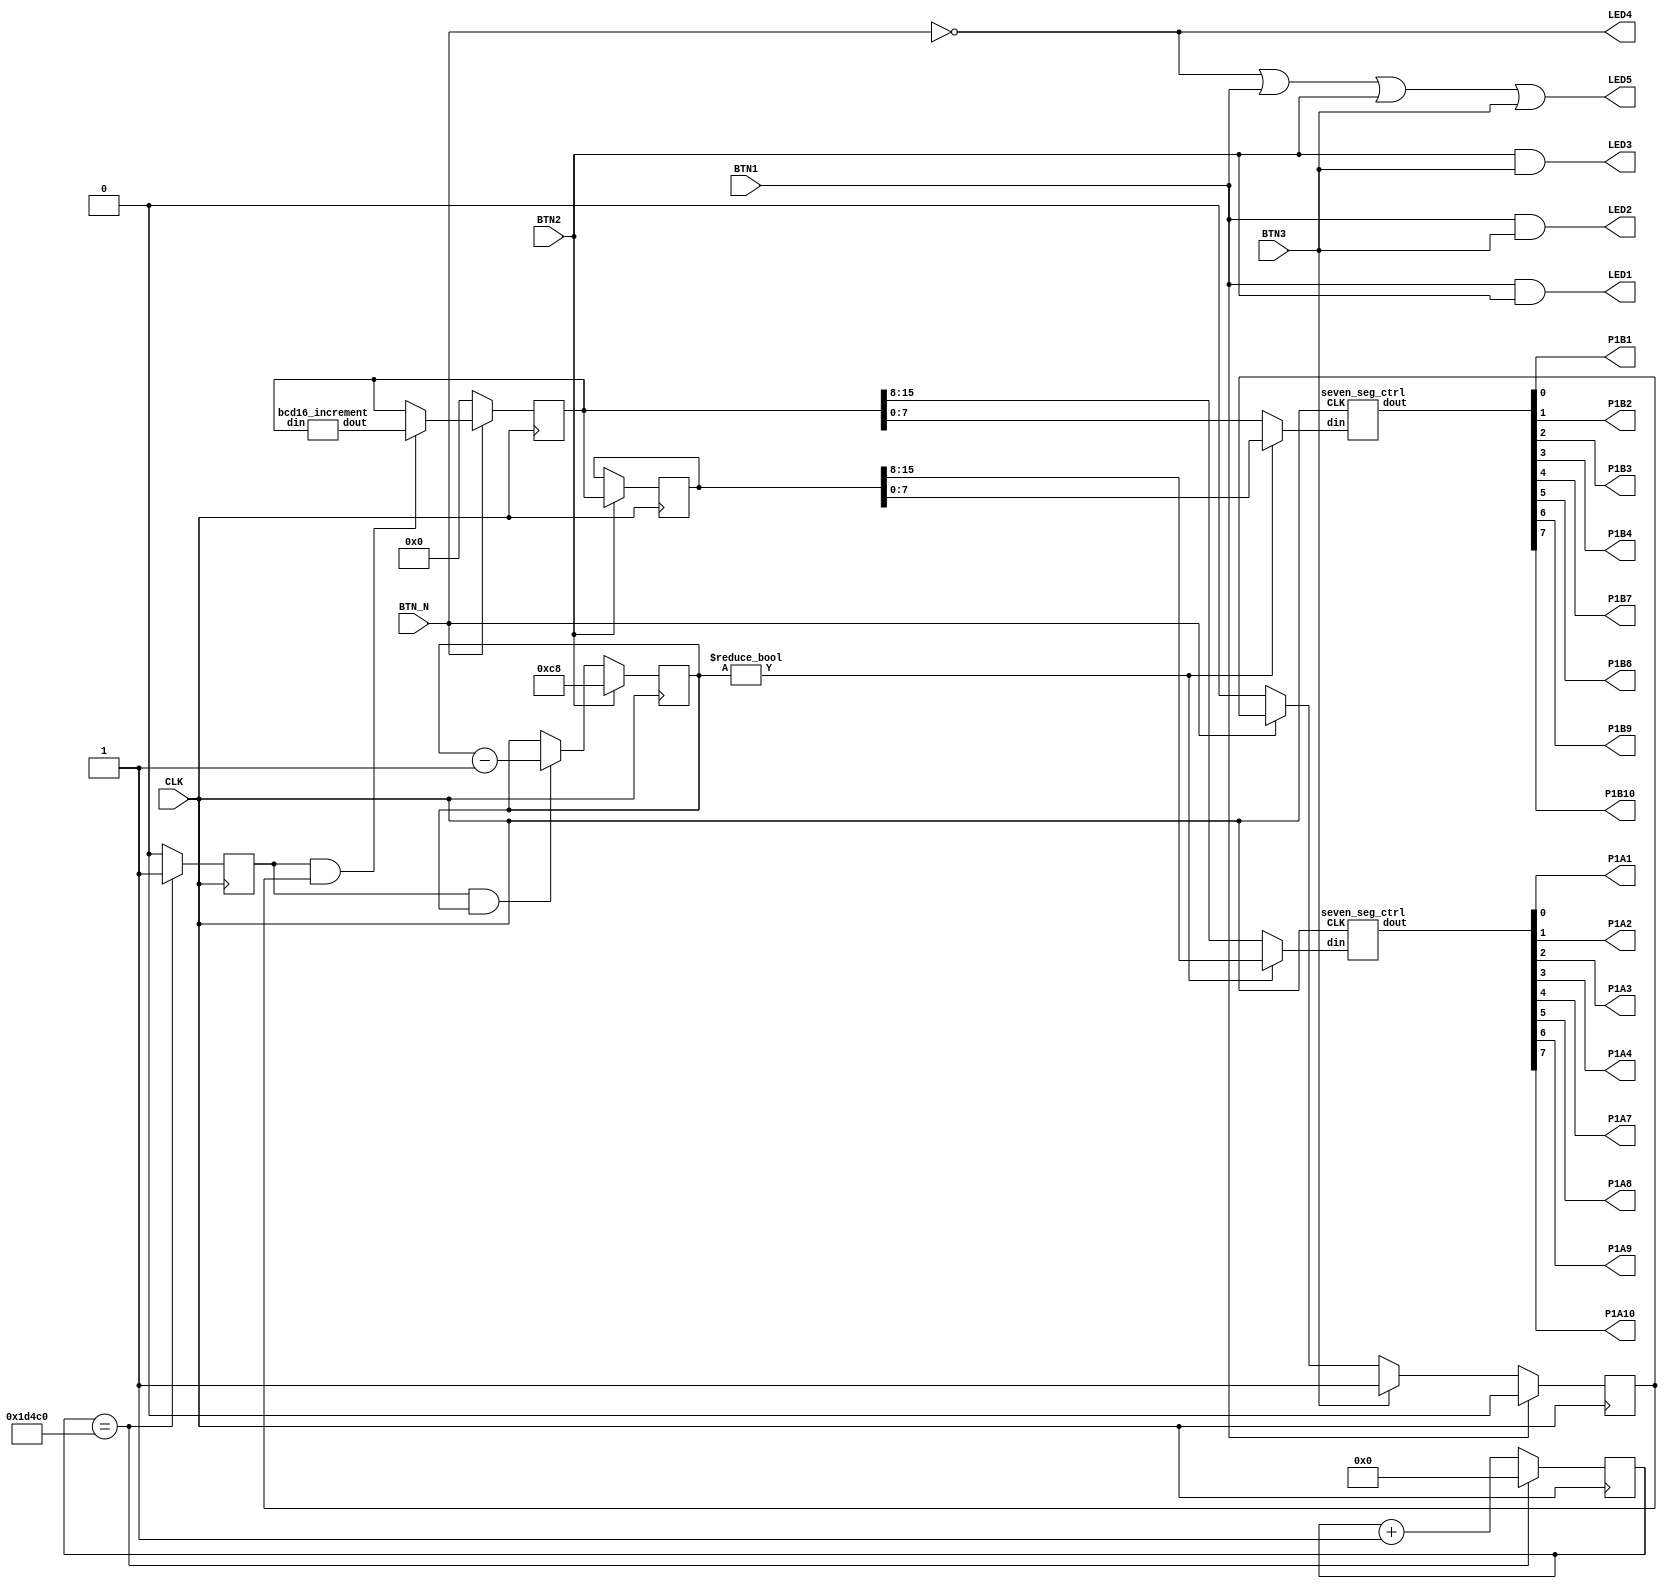
// Cause yosys to throw an error when we implicitly declare nets
`default_nettype none

// Project entry point
module top (
	input  CLK,
	input BTN_N, BTN1, BTN2, BTN3,
	output LED1, LED2, LED3, LED4, LED5,
	output P1A1, P1A2, P1A3, P1A4, P1A7, P1A8, P1A9, P1A10,
	output P1B1, P1B2, P1B3, P1B4, P1B7, P1B8, P1B9, P1B10
);
	// 7 segment control line busses
	wire [7:0] seven_segment_top;
	wire [7:0] seven_segment_bot;

	// Assign 7 segment control line bus to Pmod pins
	assign { P1A10, P1A9, P1A8, P1A7, P1A4, P1A3, P1A2, P1A1 } = seven_segment_top;
	assign { P1B10, P1B9, P1B8, P1B7, P1B4, P1B3, P1B2, P1B1 } = seven_segment_bot;

	// Display value register and increment bus
	reg [15:0] display_value = 0;
	wire [15:0] display_value_inc;

	// Lap registers
	reg [15:0] lap_value = 0;
	reg [7:0] lap_timeout = 0;

	// Clock divider and pulse registers
	reg [20:0] clkdiv = 0;
	reg clkdiv_pulse = 0;
	reg running = 0;

	// Combinatorial logic
	assign LED1 = BTN1 && BTN2;
	assign LED2 = BTN1 && BTN3;
	assign LED3 = BTN2 && BTN3;
	assign LED4 = !BTN_N;
	assign LED5 = !BTN_N || BTN1 || BTN2 || BTN3;

	// Synchronous logic
	always @(posedge CLK) begin
		// Clock divider pulse generator
		if (clkdiv == 120000) begin
			clkdiv <= 0;
			clkdiv_pulse <= 1;
		end else begin
			clkdiv <= clkdiv + 1;
			clkdiv_pulse <= 0;
		end

		// Lap timeout counter
		if (clkdiv_pulse && lap_timeout) begin
			lap_timeout <= lap_timeout - 1;
		end

		// Timer counter
		if (clkdiv_pulse && running) begin
			display_value <= display_value_inc;
		end

		// Button controls
		if (!BTN_N) begin
			display_value <= 0;
			running <= 0;
		end

		if (BTN3) begin
			running <= 1;
		end

		if (BTN1) begin
			running <= 0;
		end

		if (BTN2) begin
			lap_value <= display_value;
			lap_timeout <= 200;
		end
	end

	// BCD counter
	bcd16_increment bot_inc (
		.din(display_value),
		.dout(display_value_inc)
	);

	// 7 segment display control top Pmod 1A
	seven_seg_ctrl seven_segment_ctrl_top (
		.CLK(CLK),
		.din(lap_timeout ? lap_value[15:8] : display_value[15:8]),
		.dout(seven_segment_top)
	);

	// 7 segment display control bottom Pmod 1B
	seven_seg_ctrl seven_segment_ctrl_bot (
		.CLK(CLK),
		.din(lap_timeout ? lap_value[7:0] : display_value[7:0]),
		.dout(seven_segment_bot)
	);

endmodule

// BCD (Binary Coded Decimal) counter
module bcd16_increment (
	input [15:0] din,
	output reg [15:0] dout
);
	always @* begin
		case (1'b1)
			din[15:0] == 16'h 9999:
				dout = 0;
			din[11:0] == 12'h 999:
				dout = {din[15:12] + 4'd 1, 12'h 000};
			din[7:0] == 8'h 99:
				dout = {din[15:12], din[11:8] + 4'd 1, 8'h 00};
			din[3:0] == 4'h 9:
				dout = {din[15:8], din[7:4] + 4'd 1, 4'h 0};
			default:
				dout = {din[15:4], din[3:0] + 4'd 1};
		endcase
	end
endmodule

// Seven segment controller
// Switches quickly between the two parts of the display
// to create the illusion of both halfs being illuminated
// at the same time.
module seven_seg_ctrl (
	input CLK,
	input [7:0] din,
	output reg [7:0] dout
);
	wire [6:0] lsb_digit;
	wire [6:0] msb_digit;

	seven_seg_hex msb_nibble (
		.din(din[7:4]),
		.dout(msb_digit)
	);

	seven_seg_hex lsb_nibble (
		.din(din[3:0]),
		.dout(lsb_digit)
	);

	reg [9:0] clkdiv = 0;
	reg clkdiv_pulse = 0;
	reg msb_not_lsb = 0;

	always @(posedge CLK) begin
		clkdiv <= clkdiv + 1;
		clkdiv_pulse <= &clkdiv;
		msb_not_lsb <= msb_not_lsb ^ clkdiv_pulse;

		if (clkdiv_pulse) begin
			if (msb_not_lsb) begin
				dout[6:0] <= ~msb_digit;
				dout[7] <= 0;
			end else begin
				dout[6:0] <= ~lsb_digit;
				dout[7] <= 1;
			end
		end
	end
endmodule

// Convert 4bit numbers to 7 segments
module seven_seg_hex (
	input [3:0] din,
	output reg [6:0] dout
);
	always @*
		case (din)
			4'h0: dout = 7'b 0111111;
			4'h1: dout = 7'b 0000110;
			4'h2: dout = 7'b 1011011;
			4'h3: dout = 7'b 1001111;
			4'h4: dout = 7'b 1100110;
			4'h5: dout = 7'b 1101101;
			4'h6: dout = 7'b 1111101;
			4'h7: dout = 7'b 0000111;
			4'h8: dout = 7'b 1111111;
			4'h9: dout = 7'b 1101111;
			4'hA: dout = 7'b 1110111;
			4'hB: dout = 7'b 1111100;
			4'hC: dout = 7'b 0111001;
			4'hD: dout = 7'b 1011110;
			4'hE: dout = 7'b 1111001;
			4'hF: dout = 7'b 1110001;
			default: dout = 7'b 1000000;
		endcase
endmodule